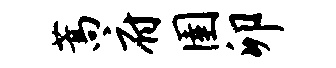
蒿府圉卯